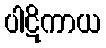
ပါဋိကာယ